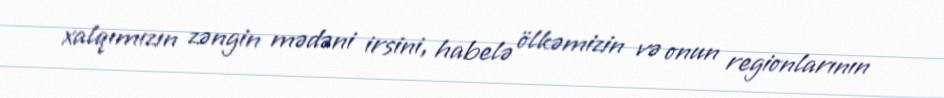
xalqımızın zəngin mədəni irsini, habelə ölkəmizin və onun regionlarının